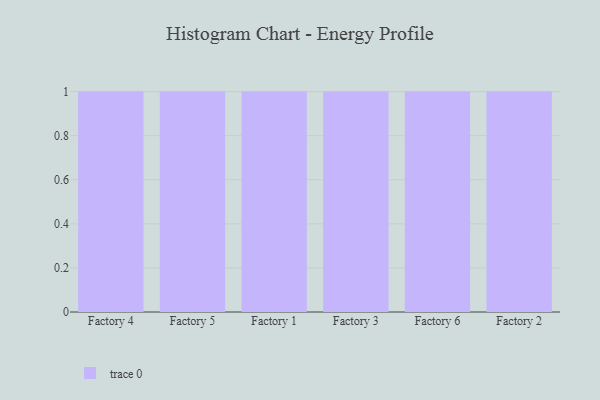
{"axis": {"x": "Factory", "y": "Headcount"}, "legend": [""], "data": [{"x": "Factory 4", "y": 8, "type": ""}, {"x": "Factory 5", "y": 43, "type": ""}, {"x": "Factory 1", "y": 42, "type": ""}, {"x": "Factory 3", "y": 75, "type": ""}, {"x": "Factory 6", "y": 70, "type": ""}, {"x": "Factory 2", "y": 48, "type": ""}]}